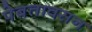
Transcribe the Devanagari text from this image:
पेबतावसन